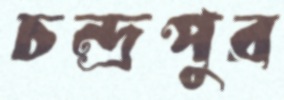
চন্দ্রপুর